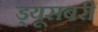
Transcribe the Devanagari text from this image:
ड्यूसबरी